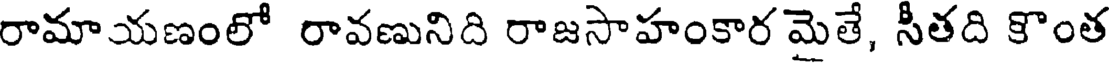
రామాయణంలో రావణునిది రాజసాహంకార మైతే, సీతది కొంత